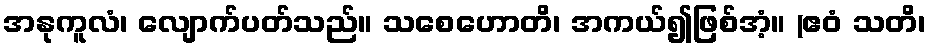
အနုကူလံ၊ လျောက်ပတ်သည်။ သစေဟောတိ၊ အကယ်၍ဖြစ်အံ့။ (ဧဝံ သတိ၊